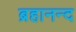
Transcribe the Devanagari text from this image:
ब्रहानन्द